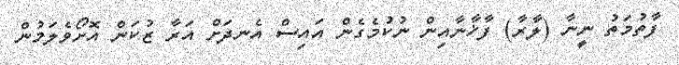
ފާތުމަތު ނީނާ (ލާރާ) ފާޚާނާއިން ނުކުމެގެން އައިސް އެނދަށް އަރާ ޒުކަން އޮށޯވެލަމުން